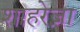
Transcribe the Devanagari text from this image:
शाहरेज़ा